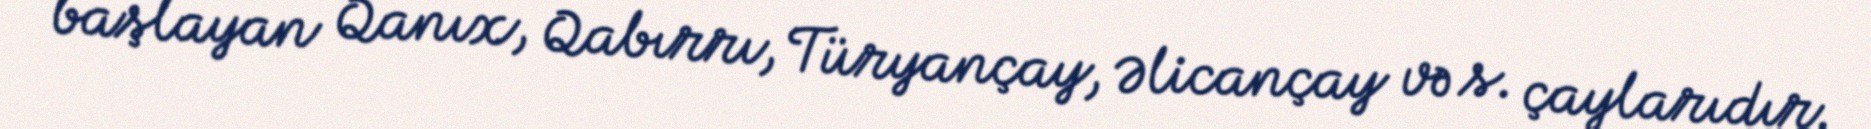
başlayan Qanıx, Qabırrı, Türyançay, Əlicançay və s. çaylarıdır.